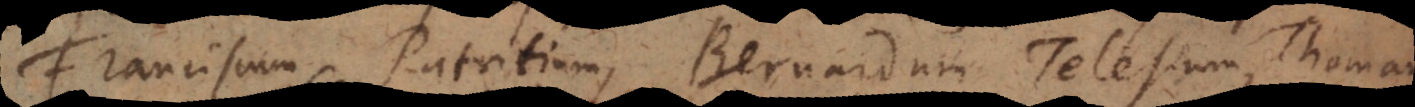
Franciscum Patritium, Bernardum Telesium, Thomam